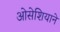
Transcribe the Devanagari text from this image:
ओसेशियाने